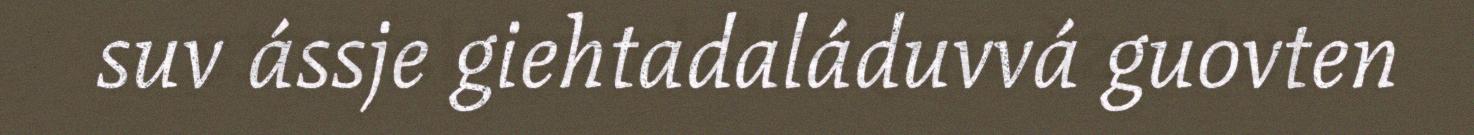
suv ássje giehtadaláduvvá guovten